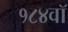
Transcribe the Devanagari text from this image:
१८४वॉ